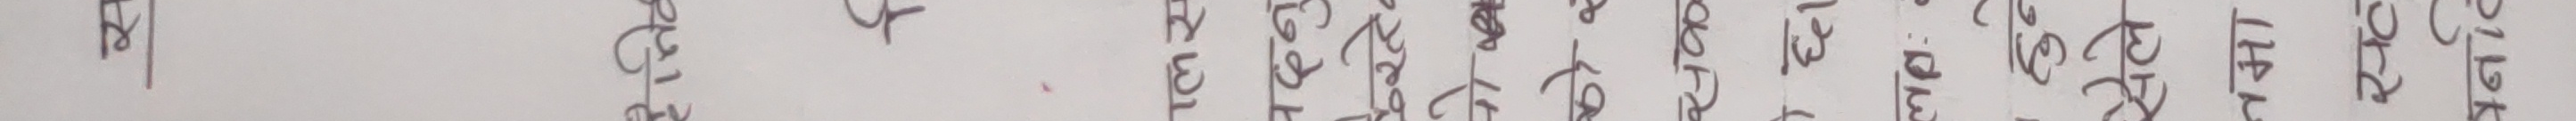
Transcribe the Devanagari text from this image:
स।
२५/१ २६३० 8
२०५६। १। ६ २०६७।
२०५६/०२/२६ मा. वैस. २०६६/९/२३
२०७४।१।६ मा. वैस २०७१।१।९
मिति २०७७।१२।६
२०७९।४।१७ मिति २०८१।७।३
२।१२।०८१